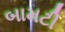
બામટી